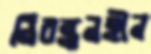
নিবন্ধনহীন